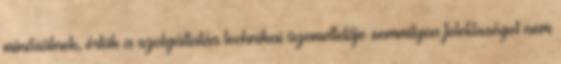
minősülnek, értük a szolgáltatás technikai üzemeltetője semmilyen felelősséget nem